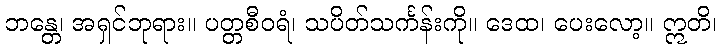
ဘန္တေ၊ အရှင်ဘုရား။ ပတ္တစီဝရံ၊ သပိတ်သင်္ကန်းကို။ ဒေထ၊ ပေးလော့။ ဣတိ၊